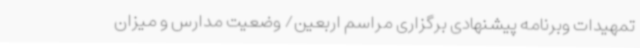
تمهیدات وبرنامه پیشنهادی برگزاری مراسم اربعین/ وضعیت مدارس و میزان